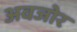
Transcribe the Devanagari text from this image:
अवजोर